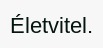
Életvitel.